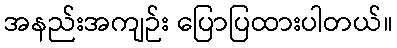
အနည်းအကျဉ်း ပြောပြထားပါတယ်။